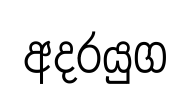
අදරයුග